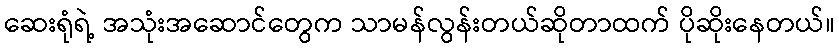
ဆေးရုံရဲ့ အသုံးအဆောင်တွေက သာမန်လွန်းတယ်ဆိုတာထက် ပိုဆိုးနေတယ်။